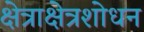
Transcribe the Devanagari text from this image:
क्षेत्राक्षेत्रशोधन